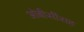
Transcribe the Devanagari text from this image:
ओबीसींसह